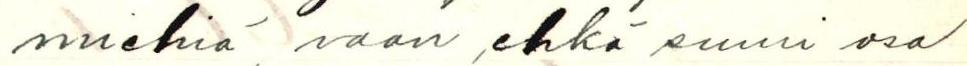
miehiä, vaan ehkä suuri osa